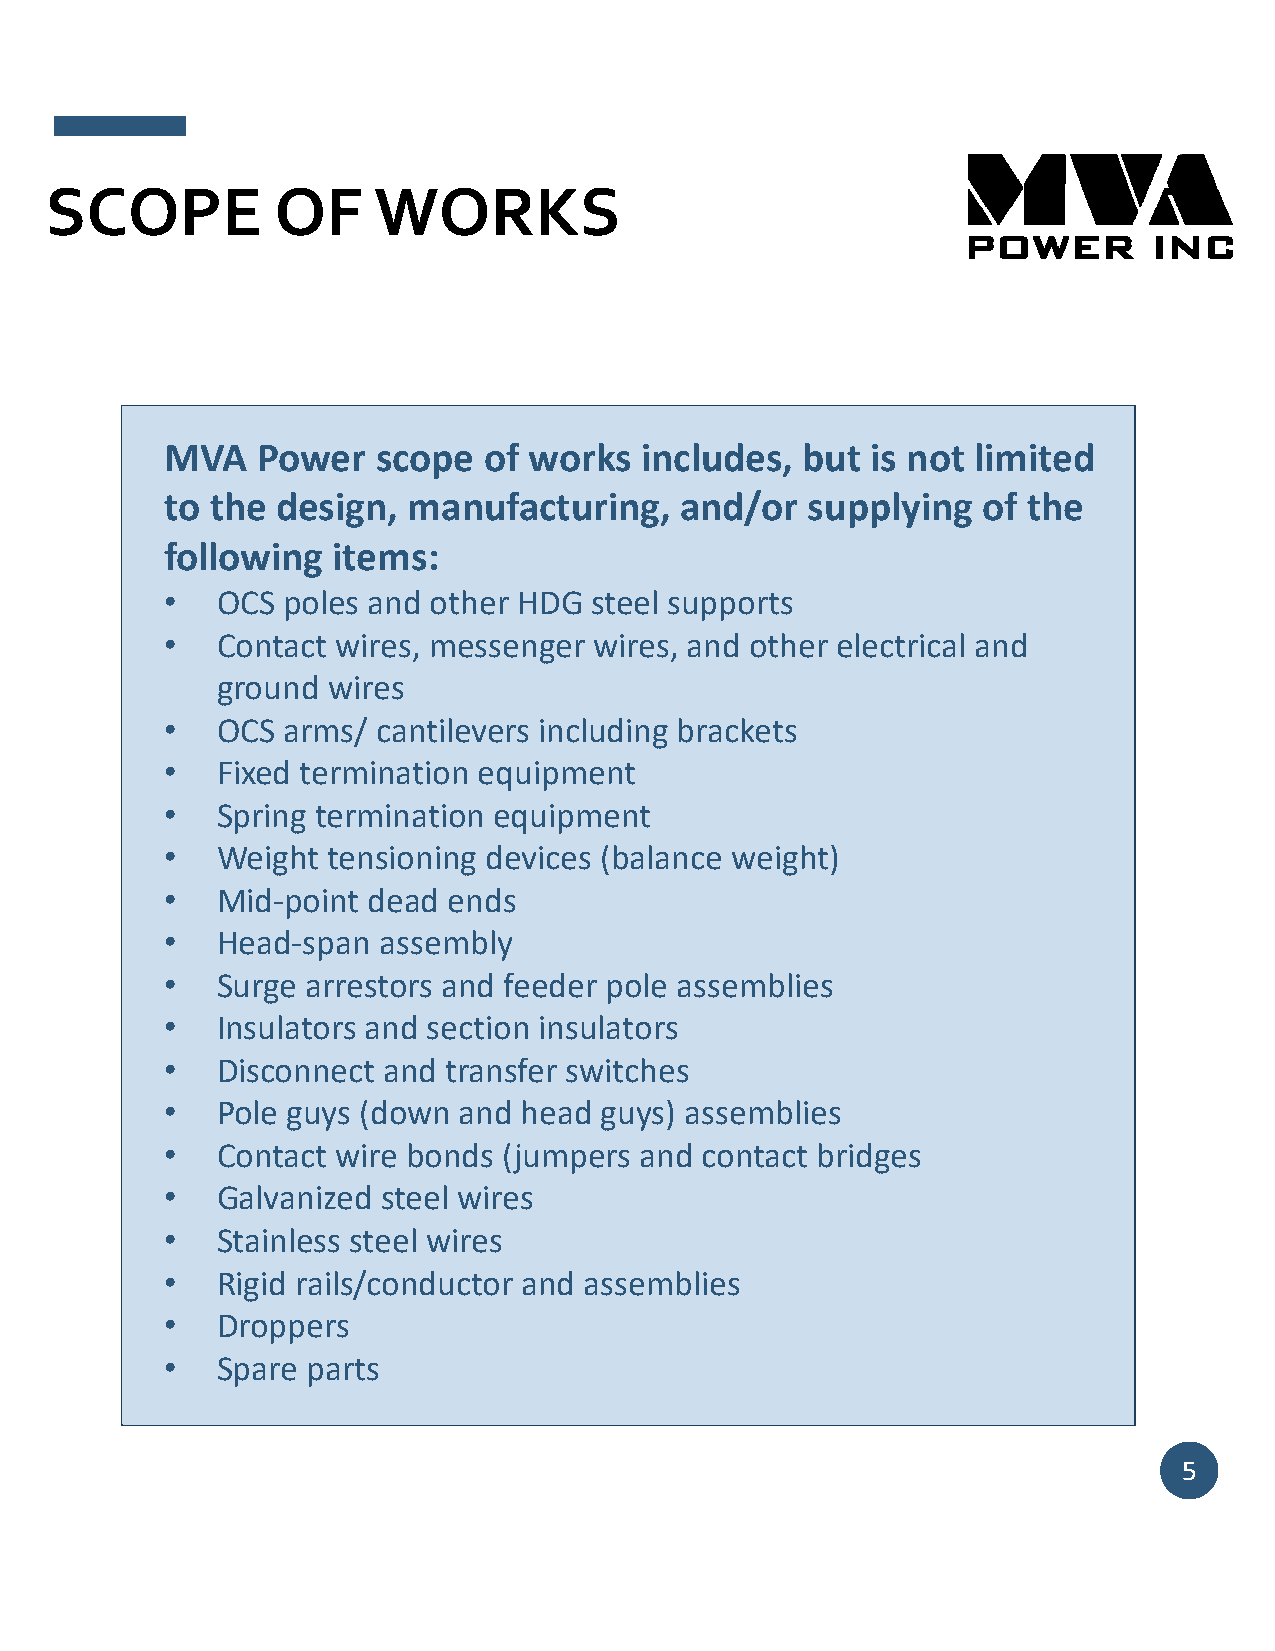
SCOPE          OF     WORKS
 MVA   Power   scope  of works  includes,  but  is not limited
 to the design,  manufacturing,    and/or  supplying   of the
 following  items:
 •  OCS  poles and other HDG steel supports
 •  Contact wires, messenger wires, and other electrical and
 ground  wires
 •  OCS  arms/ cantilevers including brackets
 •  Fixed termination equipment
 •  Spring termination equipment
 •  Weight  tensioning devices (balance weight)
 •  Mid‐point dead  ends
 •  Head‐span  assembly
 •  Surge arrestors and feeder pole assemblies
 •  Insulators and section insulators
 •  Disconnect and  transfer switches
 •  Pole guys (down and  head guys) assemblies
 •  Contact wire bonds (jumpers and contact bridges
 •  Galvanized steel wires
 •  Stainless steel wires
 •  Rigid rails/conductor and assemblies
 •  Droppers
 •  Spare parts
 5